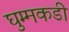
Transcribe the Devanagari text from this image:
घुम्मकडी